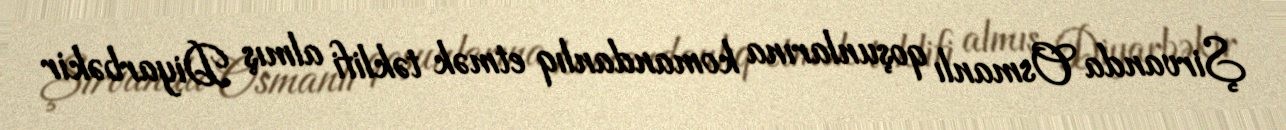
Şirvanda Osmanlı qoşunlarına komandanlıq etmək təklifi almış Diyarbəkir